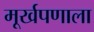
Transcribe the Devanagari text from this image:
मूर्खपणाला